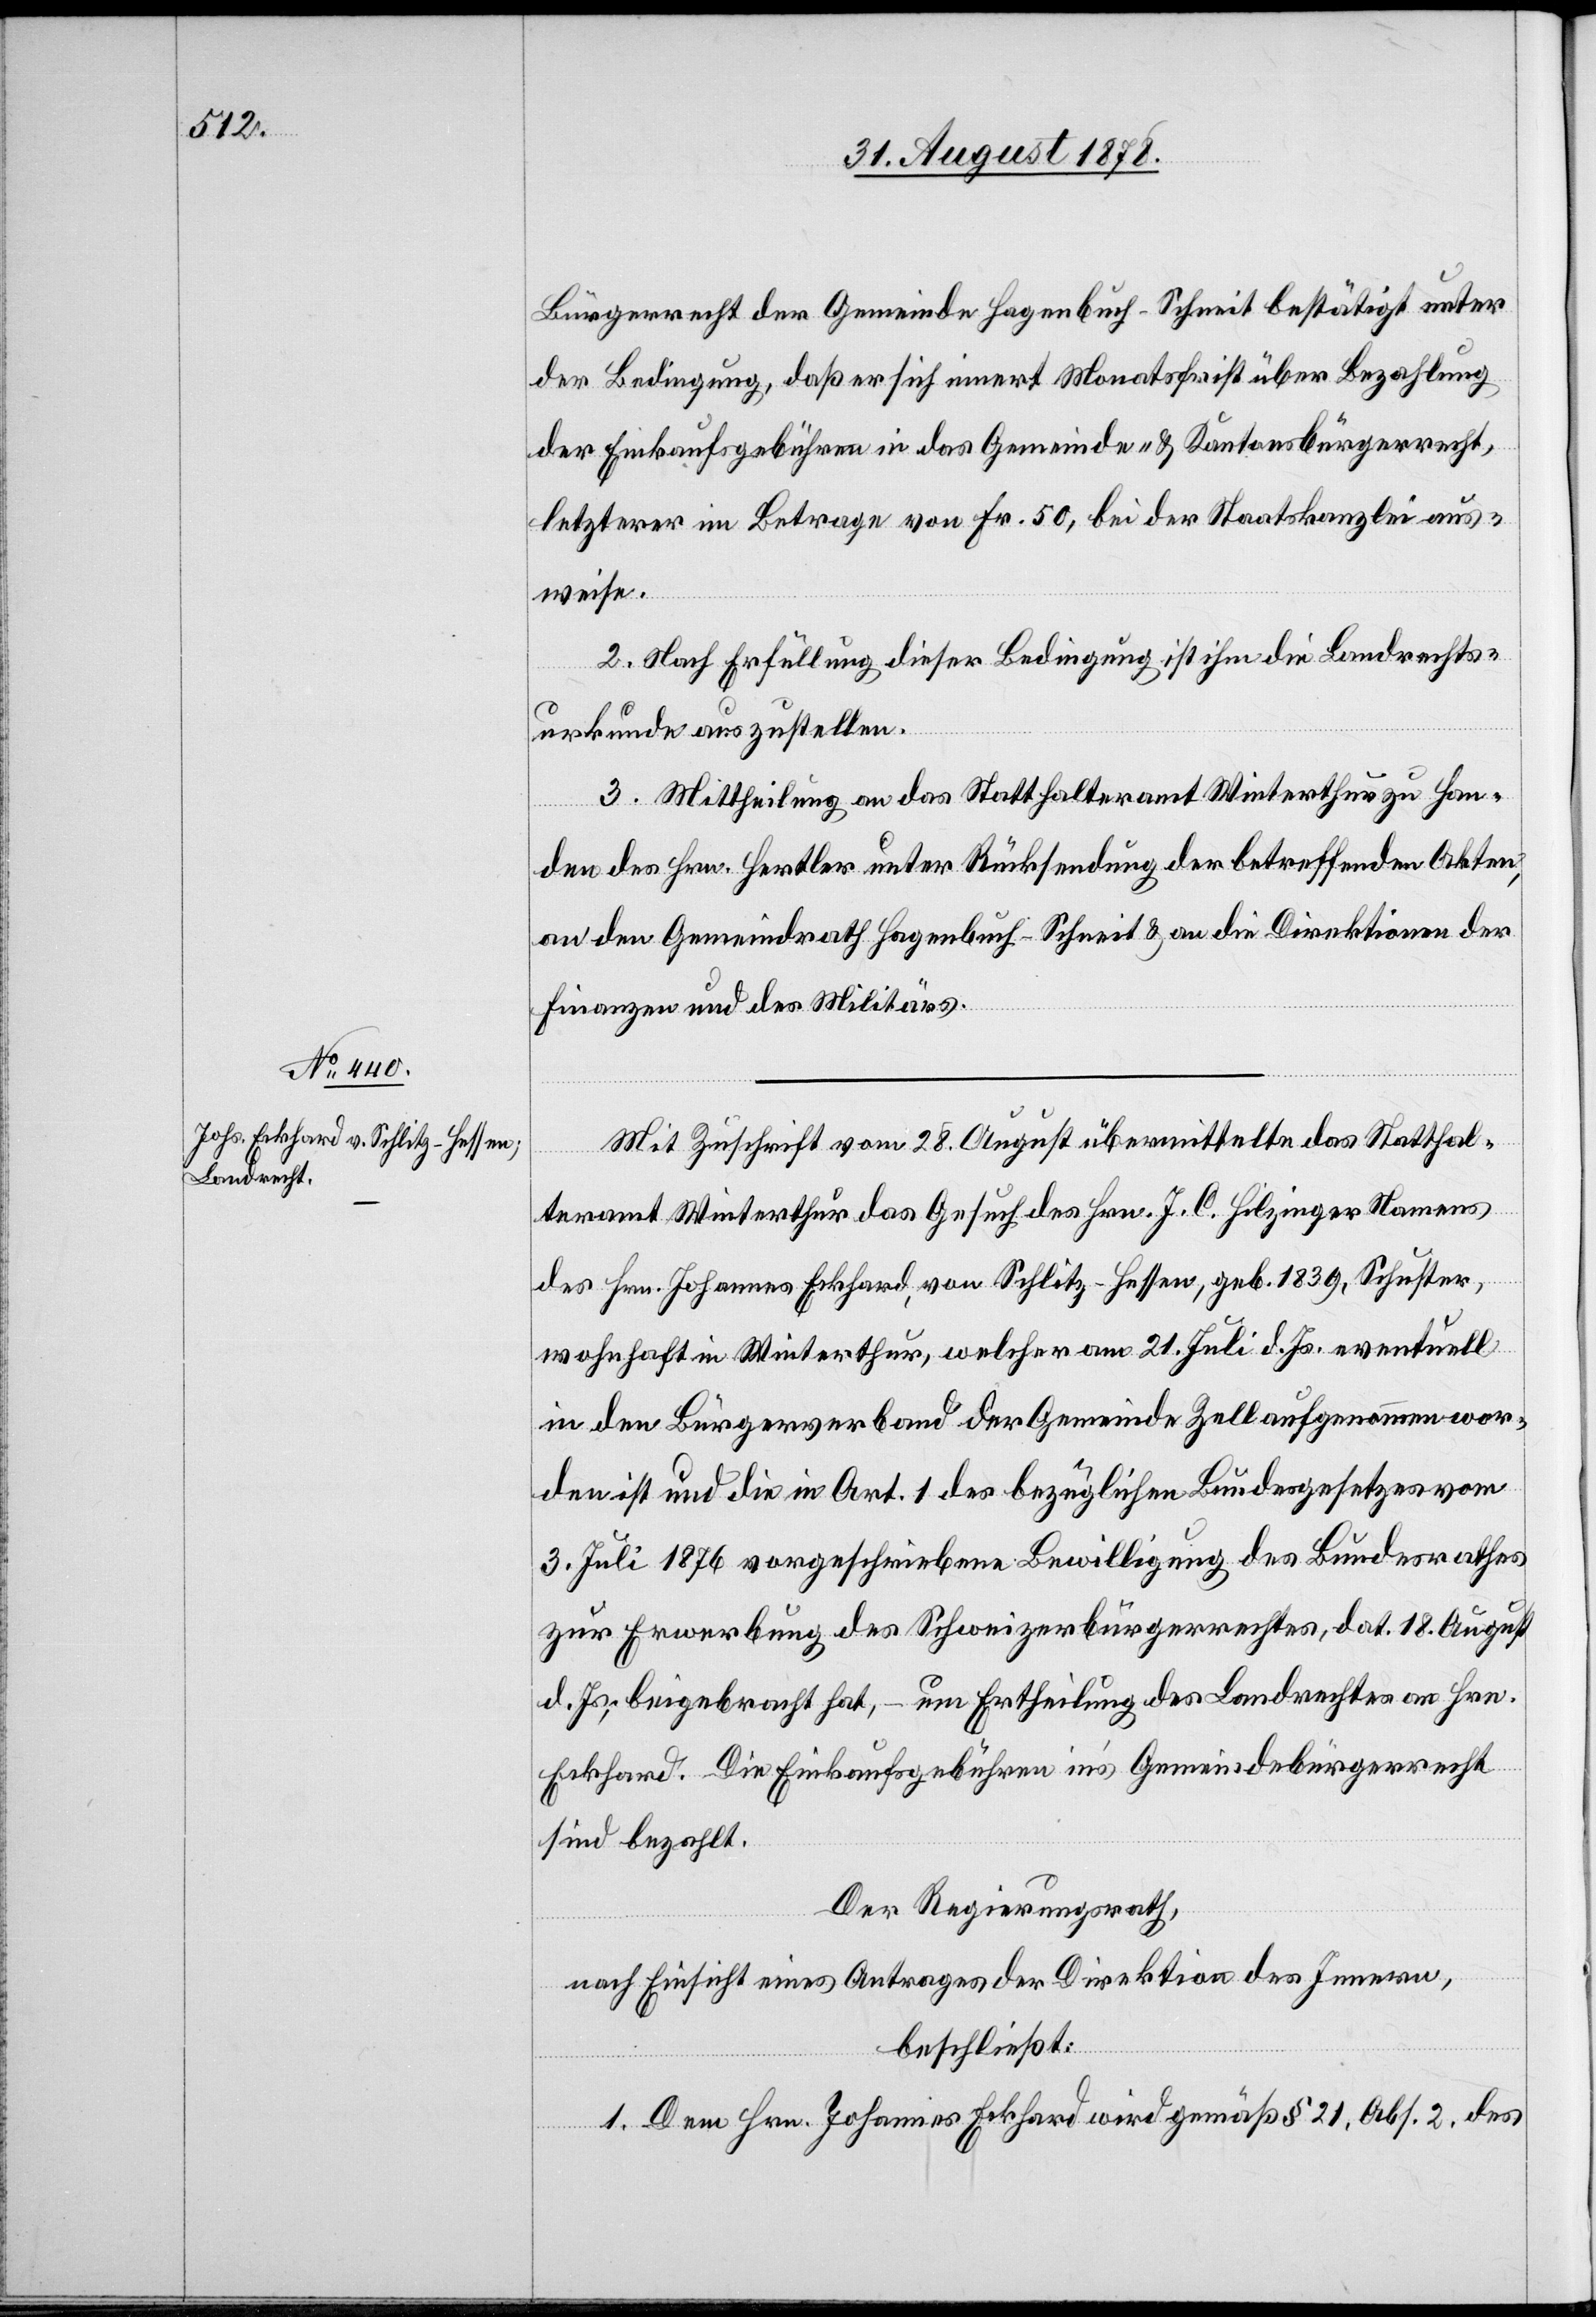
Bürgerrecht der Gemeinde Hagenbuch-Schneit bestätigt unter
der Bedingung, daß er sich innert Monatsfrist über Bezahlung
der Einkaufsgebühren in das Gemeinde- & Kantonsbürgerrecht,
letzterer im Betrage von Fr. 50, bei der Staatskanzlei aus¬
weise.
2. Nach Erfüllung dieser Bedingung ist ihm die Landrechts¬
urkunde auszustellen.
3. Mittheilung an das Statthalteramt Winterthur zu Han¬
den des Hrn. Hertler unter Rücksendung der betreffenden Akten,
an den Gemeindrath Hagenbuch-Schneit & an die Direktion der
Finanzen und des Militärs.
Mit Zuschrift vom 28. August übermittelte das Statthal¬
teramt Winterthur das Gesuch des Hrn. J. C. Hilzinger Namens
des Hrn. Johannes Eckhard, von Schlitz - Hessen, geb. 1839, Schuster,
wohnhaft in Winterthur, welcher am 21. Juli d. Js. eventuell
in den Bürgerverband der Gemeinde Zell aufgenommen wor¬
den ist und die in Art. 1 des bezüglichen Bundesgesetzes vom
3. Juli 1876 vorgeschriebene Bewilligung des Bundesrathes
zur Erwerbung des Schweizerbürgerrechtes, dat. 18. August
d. Js., beigebracht hat, um Ertheilung des Landrechtes an Hrn.
Eckhard. Die Einkaufsgebühren in’s Gemeindebürgerrecht
sind bezahlt.
Der Regierungsrath,
nach Einsicht eines Antrages der Direktion des Innern,
beschließt:
1. Dem Hrn. Johannes Eckhard wird gemäß § 21 Abs. 2 des